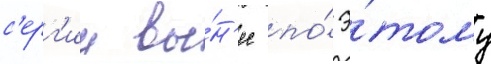
с'ерг'ии вы́н'ес по́ э́тому